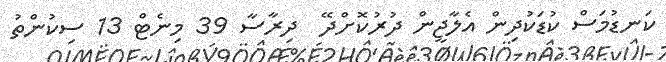
ކަނޑުމަސް ކުޑަކުދިން އެލާޖީން ދުރުކޮށްދޭ  ދިރާސާ 39 މިނެޓް 13 ސިކުންތު